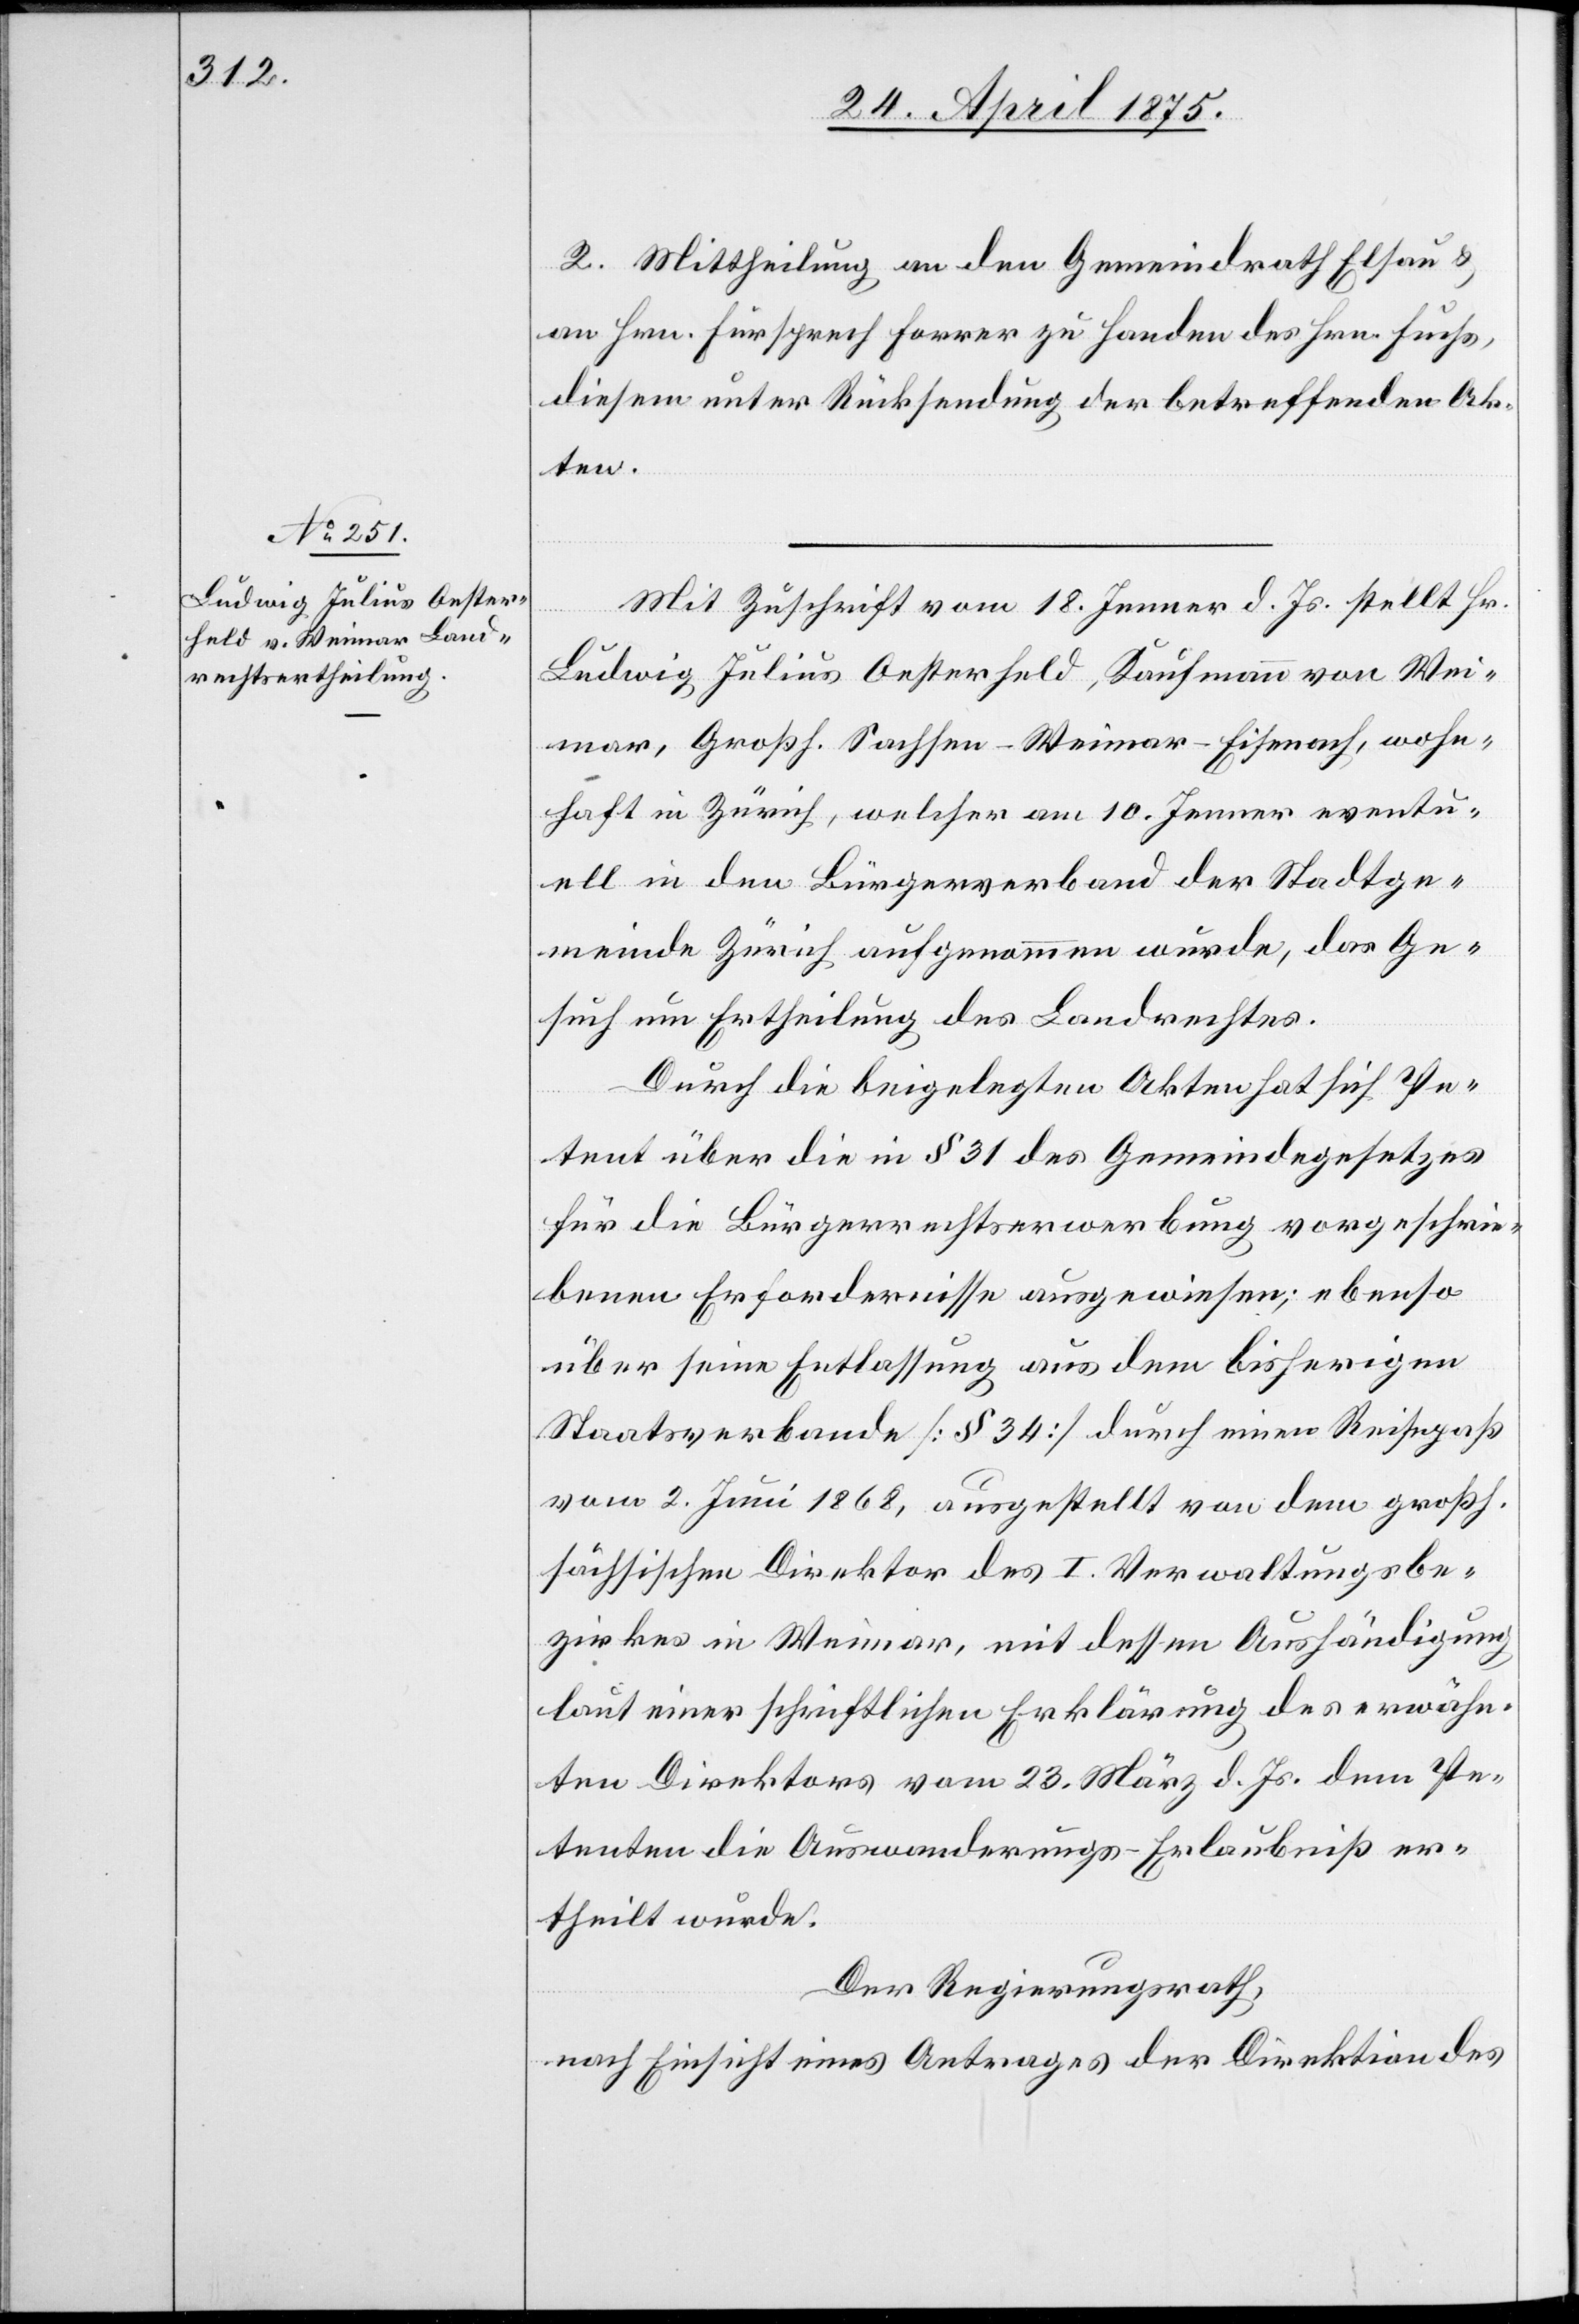
2. Mittheilung an den Gemeindrath Elsau &
an Hrn. Fürsprech Forrer zu Handen des Hrn. Fuchs,
diesem unter Rücksendung der betreffenden Ak¬
ten.
Mit Zuschrift vom 18. Jenner d. Js. stellt Hr.
Ludwig Julius Oesterheld, Kaufmann von Wei¬
mar, Großh. Sachsen-Weimar-Eisenach, wohn¬
haft in Zürich, welcher am 10. Jenner eventu¬
ell in den Bürgerverband der Stadtge¬
meinde Zürich aufgenommen wurde, das Ge¬
such um Ertheilung des Landrechts.
Durch die beigelegten Akten hat sich Pe¬
tent über die in § 31 des Gemeindegesetzes
für die Bürgerrechtserwerbung vorgeschrie¬
benen Erfordernisse ausgewiesen; ebenso
über seine Entlassung aus dem bisherigen
Staatsverbande [§ 34] durch einen Reisepaß
vom 2. Juni1868, ausgestellt von dem großh.
sächsischen Direktor des I. Verwaltungsbe¬
zirkes in Weimar,, mit dessen Aushändigung
laut einer schriftlichen Erklärung des erwähn¬
ten Direktors vom 23. März d. Js. dem Pe¬
tenten die Auswanderungs-Erlaubniß er¬
theilt wurde.
Der Regierungsrath,
nach Einsicht eines Antrages der Direktion des